Civil Veterinary Department. Madras. Admin. report 1926-33 - 1926-1933
Year: 1926
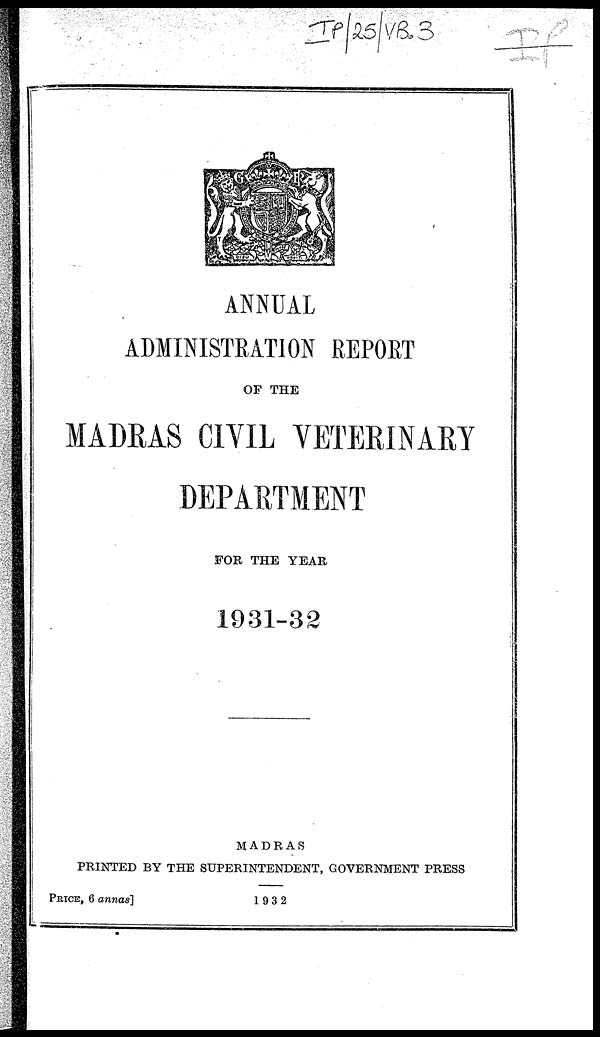
ANNUAL
ADMINISTRATION REPORT
OF THE
MADRAS CIVIL VETERINARY
DEPARTMENT
FOR THE YEAR
1931-32
MADRAS
PRINTED BY THE SUPERINTENDENT, GOVERNMENT PRESS
PRICE, 6 annas]
1932